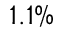
1 . 1 \%